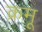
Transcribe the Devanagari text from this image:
क्रमू